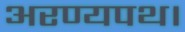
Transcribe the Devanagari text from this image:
अरण्यपथ।